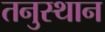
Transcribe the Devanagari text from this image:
तनुस्थान